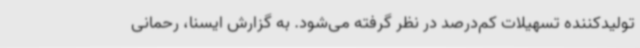
تولیدکننده تسهیلات کم‌درصد در نظر گرفته می‌شود. به گزارش ایسنا، رحمانی